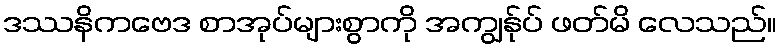
ဒဿနိကဗေဒ စာအုပ်များစွာကို အကျွန်ုပ် ဖတ်မိ လေသည်။